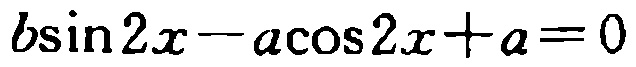
\(b\sin 2x - a\cos 2x + a = 0\)